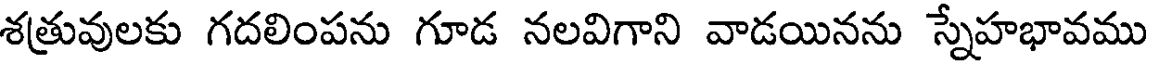
శత్రువులకు గదలింపను గూడ నలవిగాని వాడయినను స్నేహభావము